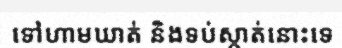
ទៅហាមឃាត់ និងទប់ស្កាត់នោះទេ